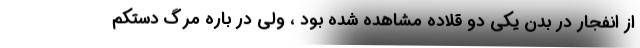
از انفجار در بدن یکی دو قلاده مشاهده شده بود ، ولی در باره مرگ دستکم